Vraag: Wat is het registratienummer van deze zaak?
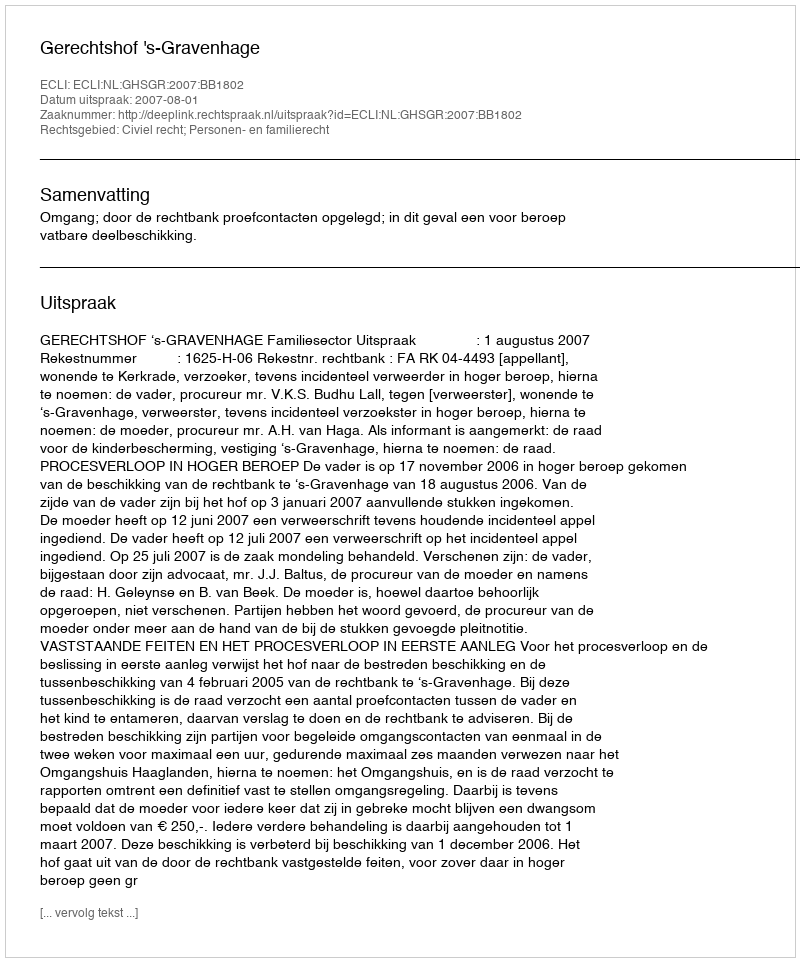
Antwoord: http://deeplink.rechtspraak.nl/uitspraak?id=ECLI:NL:GHSGR:2007:BB1802